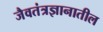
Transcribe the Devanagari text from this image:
जैवतंत्रज्ञानातील